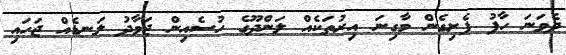
ދެވަނަ ހާފު ފެށިގެން މާގިނަ އިރުތަކެއް ލަންދޫގެ ހުސެއިން ޖަވާދު ލަނޑެއް ޖަހައި